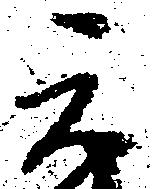
元